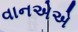
વાનએએ